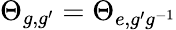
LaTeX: \Theta_{g,g^{\prime}}=\Theta_{e,g^{\prime}g^{-1}}